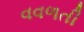
વવળતી